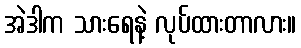
အဲဒါက သားရေနဲ့ လုပ်ထားတာလား။